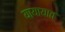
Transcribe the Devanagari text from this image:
यायायात